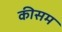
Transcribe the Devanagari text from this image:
कीसम